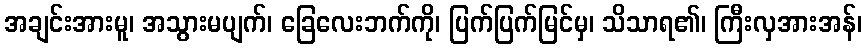
အချင်းအားမူ၊ အသွားမပျက်၊ ခြေလေးဘက်ကို၊ ပြက်ပြက်မြင်မှ၊ သိသာရ၏၊ ကြီးလှအားအန်၊